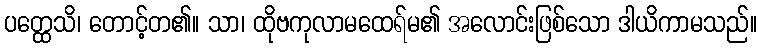
ပတ္ထေသိ၊ တောင့်တ၏။ သာ၊ ထိုဗကုလာမထေရ်မ၏ အလောင်းဖြစ်သော ဒါယိကာမသည်။